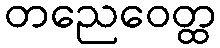
တညေဝေတ္ထ